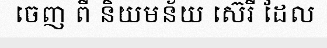
ចេញ ពី និយមន័យ ស៊េរី ដែល